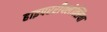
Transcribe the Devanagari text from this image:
हाइपररीफ्लेक्सिया